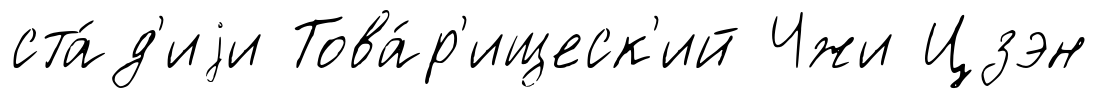
ста́д'иjи Това́р'ищеск'ий Чжи Цзэн